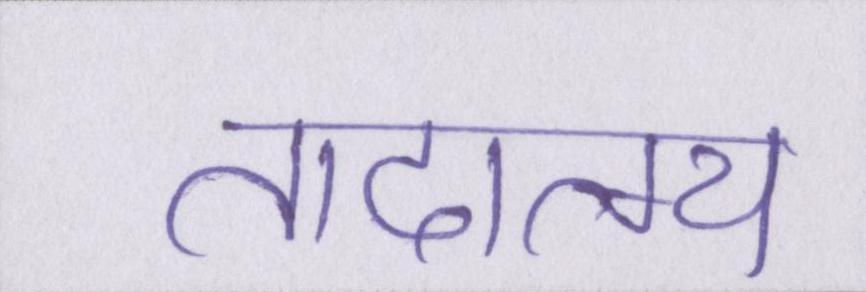
तादात्म्य